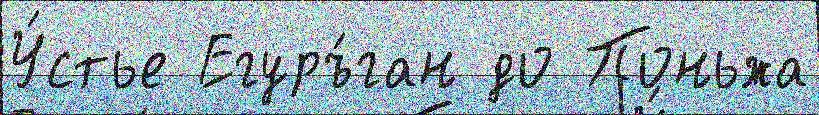
У́стье Егуръ́ган до Поньжа